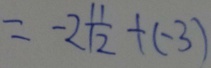
= - 2 \frac { 1 1 } { 1 2 } + ( - 3 )